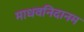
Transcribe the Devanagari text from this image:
माधवनिदानम